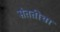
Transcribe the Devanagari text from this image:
संततीचा